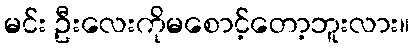
မင်း ဦးလေးကိုမစောင့်တော့ဘူးလား။